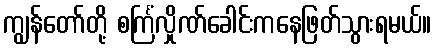
ကျွန်တော်တို့ စင်္ကြံလှိုဏ်ခေါင်းကနေဖြတ်သွားရမယ်။